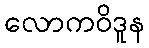
လောကဝိဒူန